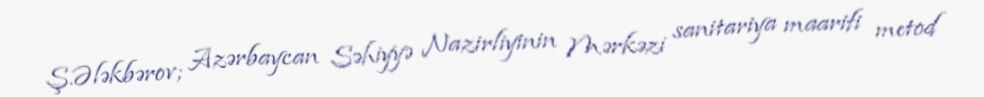
Ş.Ələkbərov; Azərbaycan Səhiyyə Nazirliyinin Mərkəzi sanitariya maarifi metod